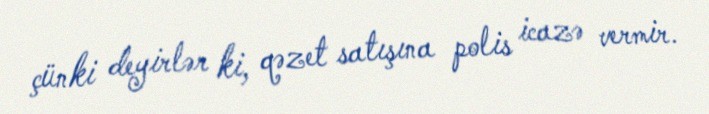
çünki deyirlər ki, qəzet satışına polis icazə vermir.